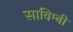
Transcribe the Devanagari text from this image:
साविम्बी